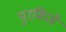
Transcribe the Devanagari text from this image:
पुरकिंजे